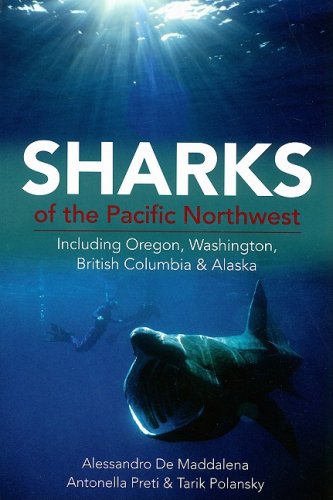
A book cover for Sharks of the Pacific Northwest: Including Oregon, Washington, British Columbia and Alaska; Dr. Alessandro De Maddalena; Sports & Outdoors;